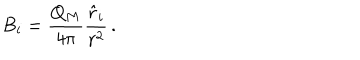
LaTeX: B _ { i } = { \frac { Q _ { M } } { 4 \pi } } { \frac { { \hat { r } } _ { i } } { r ^ { 2 } } } \, .